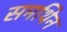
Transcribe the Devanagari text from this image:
समथिन